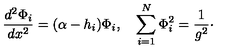
{ \frac { d ^ { 2 } \Phi _ { i } } { d x ^ { 2 } } } = ( \alpha - h _ { i } ) \Phi _ { i } , \quad \sum _ { i = 1 } ^ { N } \Phi _ { i } ^ { 2 } = { \frac { 1 } { g ^ { 2 } } } \cdotp